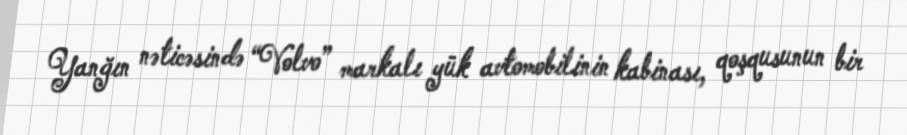
Yanğın nəticəsində “Volvo” markalı yük avtomobilinin kabinası, qoşqusunun bir